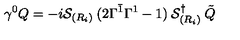
\gamma ^ { 0 } Q = - i { \cal S } _ { ( R _ { i } ) } \: ( 2 \Gamma ^ { \bar { 1 } } \Gamma ^ { 1 } - 1 ) \: { \cal S } _ { ( R _ { i } ) } ^ { \dagger } \: \tilde { Q }